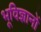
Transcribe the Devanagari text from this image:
भूविज्ञानों